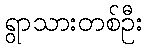
ရွာသားတစ်ဦး